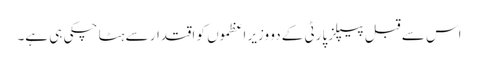
اس سے قبل پیپلز پارٹی کے دو وزیر اعظموں کو اقتدار سے ہٹا چکی ہی ہے۔